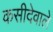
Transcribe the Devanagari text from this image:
कसीदेवाले